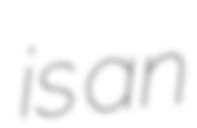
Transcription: is an